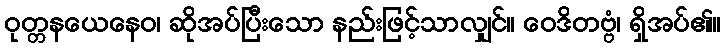
ဝုတ္တနယေနေဝ၊ ဆိုအပ်ပြီးသော နည်းဖြင့်သာလျှင်။ ဝေဒိတဗ္ဗံ၊ ရှိအပ်၏။